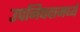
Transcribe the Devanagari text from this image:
उपनिषदामध्ये